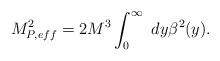
LaTeX: \begin{align*}M^2_{P,eff}=2M^3\int_0^\infty\ dy\beta^2(y).\end{align*}